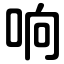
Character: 响